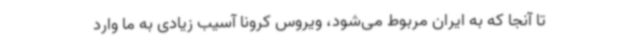
تا آنجا که به ایران مربوط می‌شود، ویروس کرونا آسیب زیادی به ما وارد